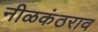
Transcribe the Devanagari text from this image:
नीळकंठराव